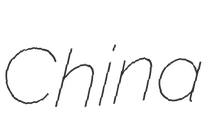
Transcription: China